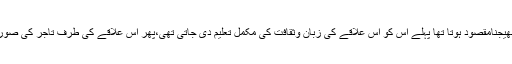
جس علاقے میں مبلغین کو بھیجنامقصود ہوتا تھا پہلے اس کو اس علاقے کی زبان وثقافت کی مکمل تعلیم دی جاتی تھی،پھر اس علاقے کی طرف تاجر کی صورت میں روانہ کردیاجاتا تھا۔